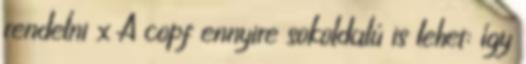
rendelni x A copf ennyire sokoldalú is lehet: így